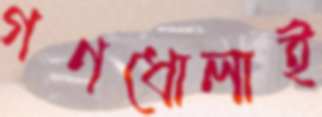
গণধোলাই